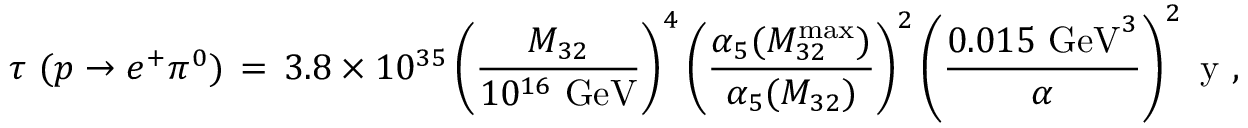
\tau ~ ( p \to e ^ { + } \pi ^ { 0 } ) \, = \, 3 . 8 \times 1 0 ^ { 3 5 } \left( { \frac { M _ { 3 2 } } { 1 0 ^ { 1 6 } ~ \mathrm { G e V } } } \right) ^ { 4 } \left( { \frac { \alpha _ { 5 } ( M _ { 3 2 } ^ { \mathrm { m a x } } ) } { \alpha _ { 5 } ( M _ { 3 2 } ) } } \right) ^ { 2 } \left( { \frac { 0 . 0 1 5 ~ \mathrm { G e V } ^ { 3 } } { \alpha } } \right) ^ { 2 } ~ \mathrm { y } \ ,